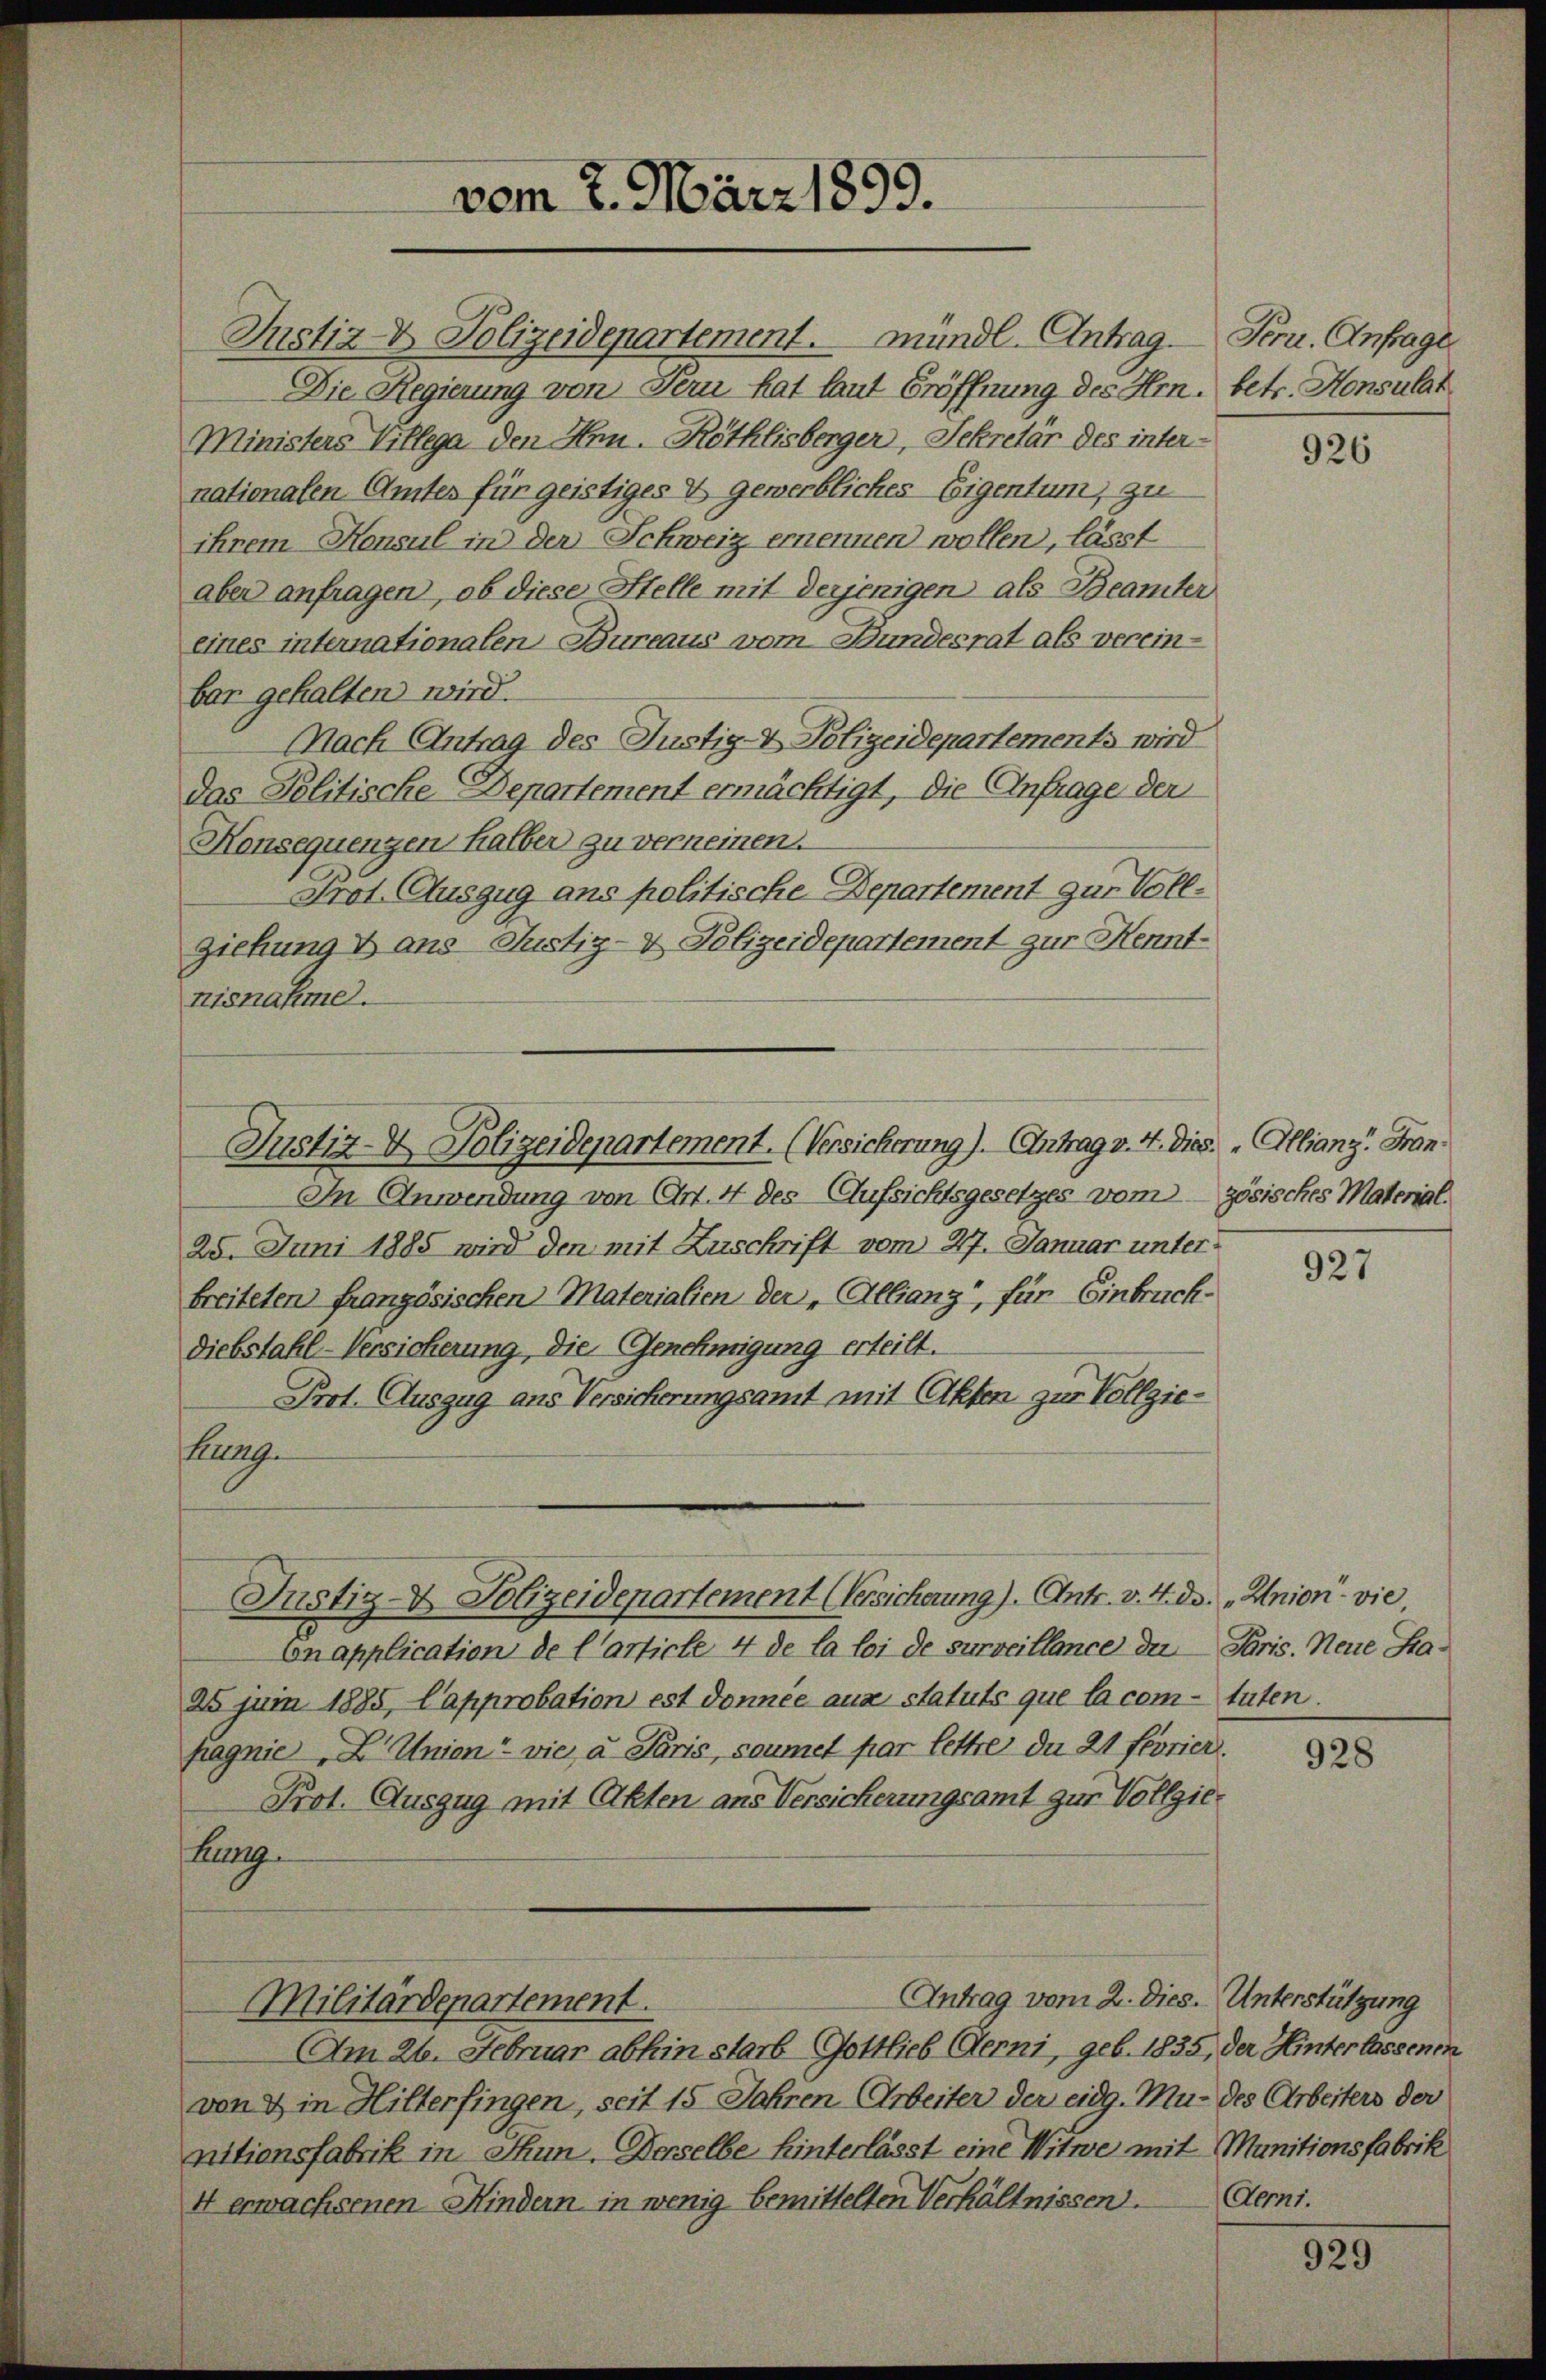
Justiz- & Polizeidepartement. mündl. Antrag. Fern. Anfrage
Die Regierung von Fern hat laut Eröffnung des Hrn. betr. Honsulat
Ministers Villega den Hrn. Röthlisberger, Sekretär des inter-
nationalen Amtes für geistiges & gewerbliches Eigentum, zu
ihrem Konsul in der Schweiz ernennen wollen, lässt
aber anfragen, ob diese Stelle mit derjenigen als Beamter
eines internationalen Bureaus vom Bundesrat als vereinbar gehalten wird.
Nach Antrag des Justiz- & Polizeidepartements wird
Das Politische Departement ermächtigt, die Anfrage der
Honsequenzen halber zu verneinen.
Prot. Auszug ans politische Departement zur Voll¬
Ziehung & ans Justiz- & Polizeidepartement zur Kenntnisnahme.

Justiz- & Polizeidepartement. (Versicherung). Antrag v. 4. dies. „Allianz. Fran

In Anwendung von Art. 4 des Aufsichtsgesetzes vom zösisches Material
25. Juni 1885 wird den mit Zuschrift vom 27. Januar unter
breiteten französischen Materialien der „Allianz, für Einbruck-
Diebstahl-Versicherung, die Genehmigung erteilt.
Prot. Auszug aus Versicherungsamt mit Akten zur Vollzie¬
Burg.
Cnapplication de l’article 4 de la loi de surveillance der Paris. Neue Sa¬
25 juni 1885, Capprobation est donnée aux statuts que la com-tuten.
pagnie L. Union vie, u. Paris, soumet par lettre du 21 feorier.
Prot. Auszug mit Akten aus Versicherungsamt zur Vollziehung
Antrag vom 2. Dies. Unterstützung
Militärdepartement.
Am 26. Februar abhin starb Gottlieb Berni, geb. 1835, der Hinterlassenen
von & in Hilterfingen, seit 15 Jahren Arbeiter der eidg. Mu- des Arbeiters der
nitionsfabrik in Thun. Derselbe hinterlässt eine Witwe mit Munitionsfabrik
4 erwachsenen Mindern in wenig bemittelten Verhältnissen.

vom 7. März 1899.

Justiz- & Polizeidepartement Versicherung). Antr. v. 4. ds. "Union vie

926

927

928

Aerni.

929